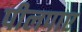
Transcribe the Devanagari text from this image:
पीलपाए